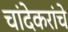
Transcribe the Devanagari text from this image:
चांदेकरांचे